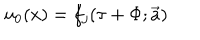
LaTeX: u _ { 0 } ( x ) = f _ { j } ( \tau + \Phi ; \overrightarrow { a } )